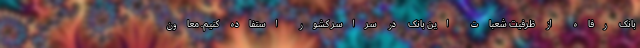
بانک رفاه از ظرفیت شعبات این بانک در سراسر کشور استفاده کنیم. معاون